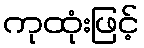
ကုထုံးဖြင့်